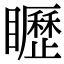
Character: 𥌮